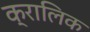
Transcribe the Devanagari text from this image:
क्रालिक